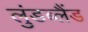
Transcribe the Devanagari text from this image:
लुंडब्लैंड